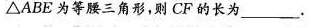
\triangleABE为等腰三角形，则CF的长为___.